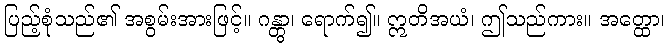
ပြည့်စုံသည်၏ အစွမ်းအားဖြင့်။ ဂန္တွာ၊ ရောက်၍။ ဣတိအယံ၊ ဤသည်ကား။ အတ္ထော၊